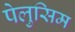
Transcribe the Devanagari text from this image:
पेलुसिम